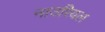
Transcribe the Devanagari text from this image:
नाउरियल